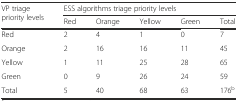
| <ROWSPAN=2> VP triage priority levels | <COLSPAN=5> ESS algorithms triage priority levels |
 | Red | Orange | Yellow | Green | Total |
 | --- | --- | --- | --- | --- | --- |
 | Red | 2 | 4 | 1 | 0 | 7 |
 | Orange | 2 | 16 | 16 | 11 | 45 |
 | Yellow | 1 | 11 | 25 | 28 | 65 |
 | Green | 0 | 9 | 26 | 24 | 59 |
 | Total | 5 | 40 | 68 | 63 | 176b |